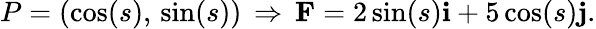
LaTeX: P=(\cos(s),\, \sin(s))\, \Rightarrow\, \mathbf{F}=2\sin(s)\mathbf{i}+5\cos(s)\mathbf{j}.